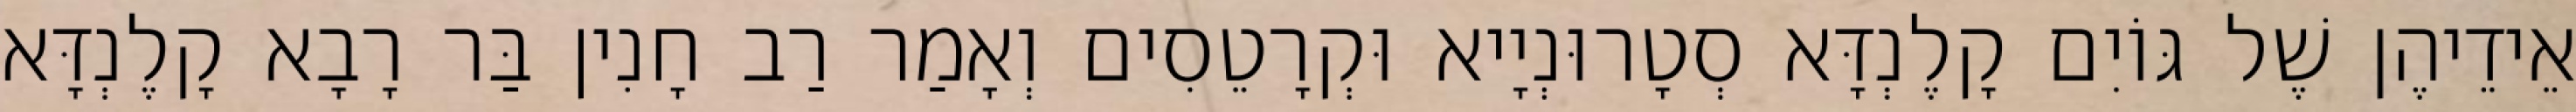
אֵידֵיהֶן שֶׁל גּוֹיִם קָלֶנְדָּא סְטָרוּנְיָיא וּקְרָטֵסִים וְאָמַר רַב חָנִין בַּר רָבָא קָלֶנְדָּא